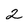
Character: 2